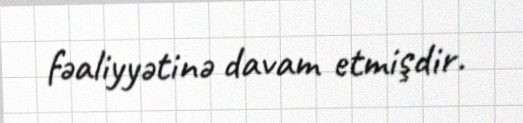
fəaliyyətinə davam etmişdir.